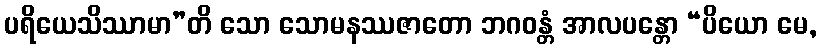
ပရိယေသိဿာမာ”တိ သော သောမနဿဇာတော ဘဂဝန္တံ အာလပန္တော “ပိယော မေ,